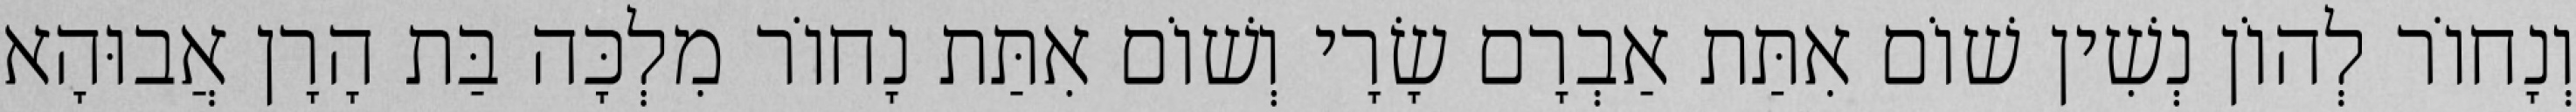
וְנָחוֹר לְהוֹן נְשִׁין שׁוֹם אִתַּת אַבְרָם שָׂרָי וְשׁוֹם אִתַּת נָחוֹר מִלְכָּה בַּת הָרָן אֲבוּהָא